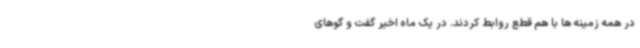
در همه زمینه ها با هم قطع روابط کردند. در یک ماه اخیر گفت و گوهای